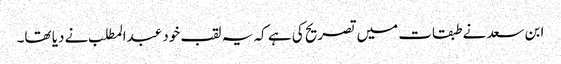
ابن سعد نے طبقات میں تصریح کی ہے کہ یہ لقب خود عبدالمطلب نے دیا تھا۔